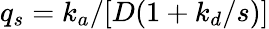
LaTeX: q_{s}=k_{a}/[D(1+k_{d}/s)]